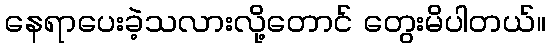
နေရာပေးခဲ့သလားလို့တောင် တွေးမိပါတယ်။